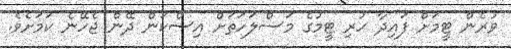
ވުރެން ޓީމަށް ފައިދާ ހުރި ޓީމުގެ މަސްލަހަތަށް އިސްކަން ދޭން ޖެހޭނެ ކަމަށެވެ.